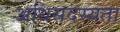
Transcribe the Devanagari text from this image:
अधिसदस्यता